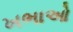
ખભાઓ